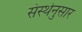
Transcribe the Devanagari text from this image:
संस्थेनुसार